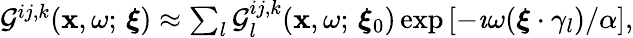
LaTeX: \begin{array}{r}{\mathcal{G}^{ij,k}(\mathbf{x},\omega;\, \boldsymbol{\xi})\approx\sum_{l}\mathcal{G}_{l}^{ij,k}(\mathbf{x},\omega;\, \boldsymbol{\xi}_{0})\exp{[-\imath\omega(\boldsymbol{\xi}\cdot\gamma_{l})/\alpha]},}\end{array}